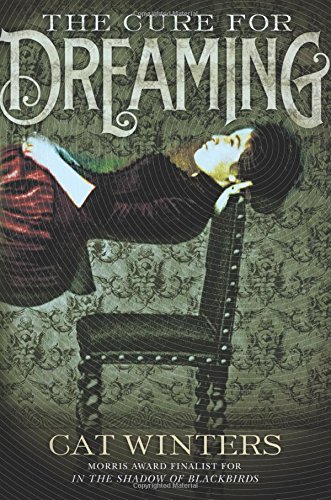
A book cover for The Cure for Dreaming; Cat Winters; Teen & Young Adult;